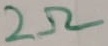
Text: 2Ω